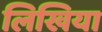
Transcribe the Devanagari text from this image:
लिखिया